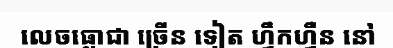
លេចធ្លោជា ច្រើន ទៀត ហ្វឹកហ្វឺន នៅ